Indian journal of veterinary science and animal husbandry - Volume 3,
Year: 1933
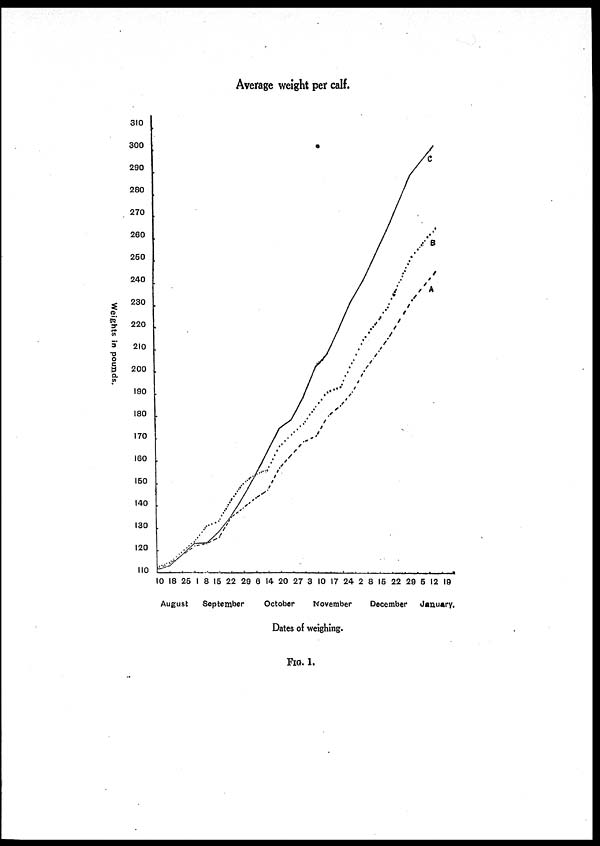
Average weight per calf.
FIG. 1.